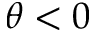
\theta < 0